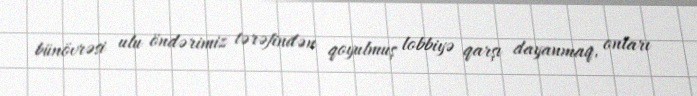
bünövrəsi ulu öndərimiz tərəfindən qoyulmuş lobbiyə qarşı dayanmaq, onları